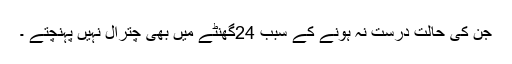
جن کی حالت درست نہ ہونے کے سبب 24گھنٹے میں بھی چترال نہیں پہنچتے ۔